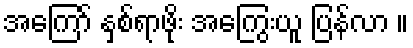
အကြော် နှစ်ရာဖိုး အကြွေးယူ ပြန်လာ ။